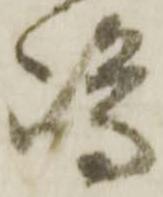
嶋